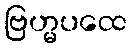
ဗြဟ္မပထေ